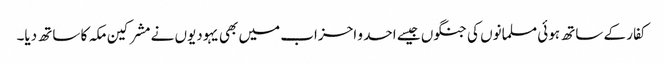
کفار کے ساتھ ہوئی مسلمانوں کی جنگوں جیسے احد و احزاب میں بھی یہودیوں نے مشرکین مکہ کا ساتھ دیا۔